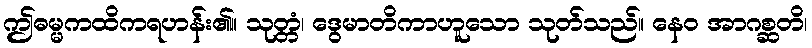
ဤဓမ္မကထိကရဟန်း၏။ သုတ္တံ၊ ဒွေမာတိကာဟူသော သုတ်သည်။ နေဝ အာဂစ္ဆတိ၊